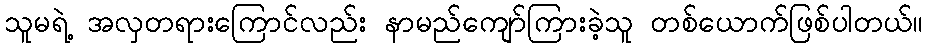
သူမရဲ့ အလှတရားကြောင်လည်း နာမည်ကျော်ကြားခဲ့သူ တစ်ယောက်ဖြစ်ပါတယ်။